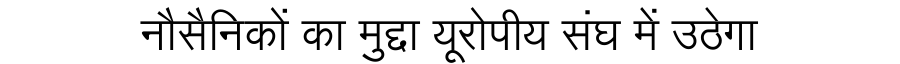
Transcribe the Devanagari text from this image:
नौसैनिकों का मुद्दा यूरोपीय संघ में उठेगा